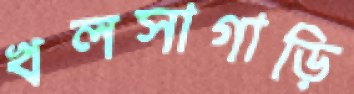
খলসাগাড়ি